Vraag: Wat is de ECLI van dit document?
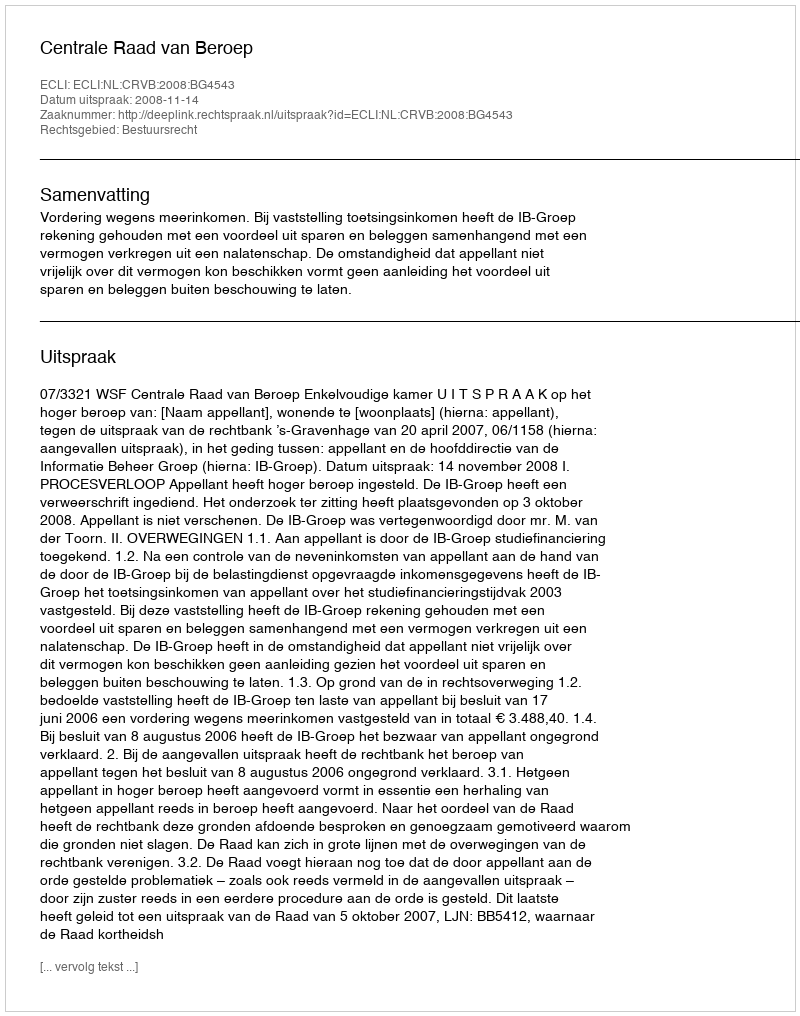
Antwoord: ECLI:NL:CRVB:2008:BG4543